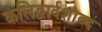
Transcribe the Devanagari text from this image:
कलिद्वार्दशाब्द